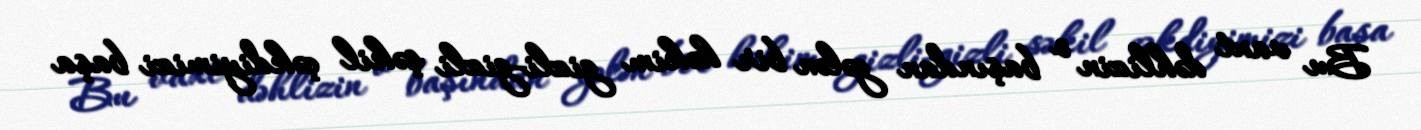
Bu vaxt dəhlizin o başından gələn bir həkim gizli-gizli şəkil çəkdiyimizi başa